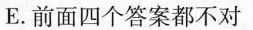
E . 前面四个答案都不对